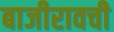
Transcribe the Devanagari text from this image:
बाजीरावची